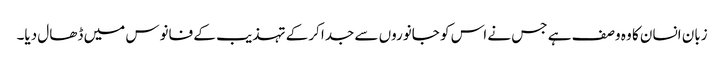
زبان انسان کا وہ وصف ہے جس نے اس کو جانوروں سے جدا کرکے تہذیب کے فانوس میں ڈھال دیا۔